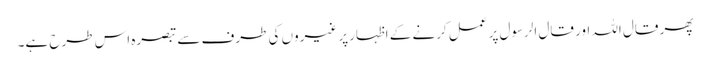
پھر قال اللہ اور قال الرسول پر عمل کرنے کے اظہارپر غیروں کی طرف سے تبصرہ اس طرح ہے۔